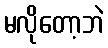
မလိုတော့ဘဲ